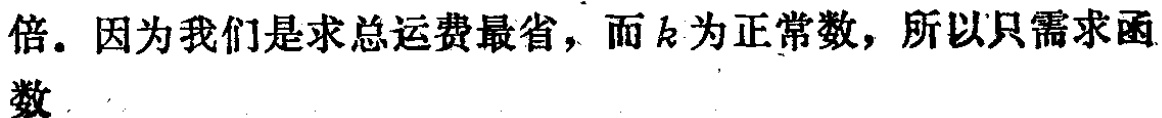
倍。因为我们是求总运费最省，而\(k\)为正常数，所以只需求函数